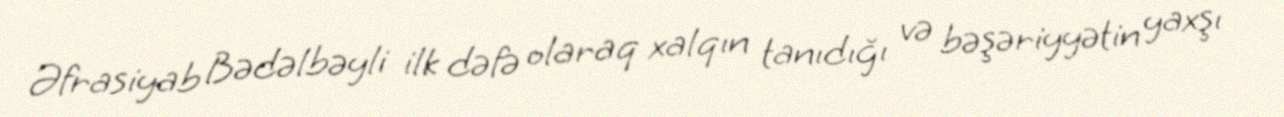
Əfrasiyab Bədəlbəyli ilk dəfə olaraq xalqın tanıdığı və bəşəriyyətin yaxşı